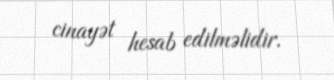
cinayət hesab edilməlidir.